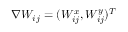
\nabla W _ { i j } = ( W _ { i j } ^ { x } , W _ { i j } ^ { y } ) ^ { T }